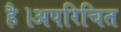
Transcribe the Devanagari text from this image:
है।अपरिचित